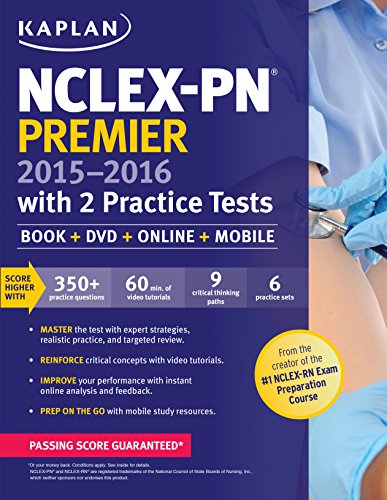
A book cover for NCLEX-PN Premier 2015-2016 with 2 Practice Tests: Book + DVD + Online + Mobile; Kaplan; Test Preparation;